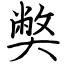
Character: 𡚁